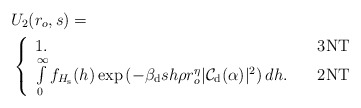
\begin{align*}&\!\!\!\!\!\!U_2(r_o,s)= \\&\!\!\!\!\!\! \left\{\begin{array}{ll}1. \ \ \ & {\rm 3NT}\\\int\limits_{0}^{\infty} f_{H_{\rm s}}(h) \exp \left( - \beta_{\rm d} s h \rho r_o^{\eta} |\mathcal{C}_{\rm d} (\alpha)|^2 \right) dh . \ \ \ & {\rm 2NT}\\\end{array}\right.\end{align*}